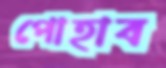
পোহাব